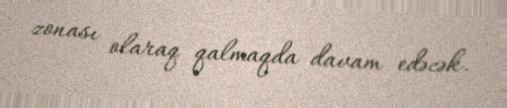
zonası olaraq qalmaqda davam edəcək.